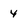
Character: 4